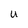
Character: u